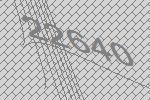
22640